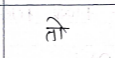
मजकूर: तो